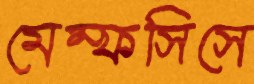
মেম্ফসিসে